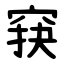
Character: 䆢